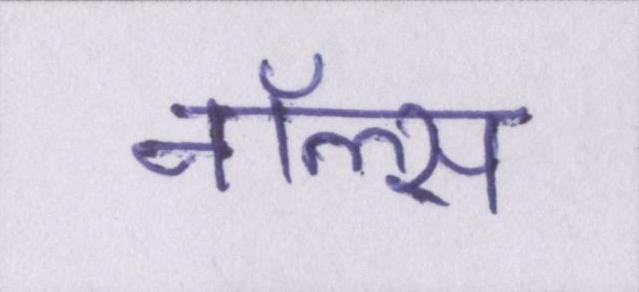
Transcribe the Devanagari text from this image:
नॉल्स